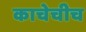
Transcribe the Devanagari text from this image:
काचेचीच